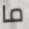
ما